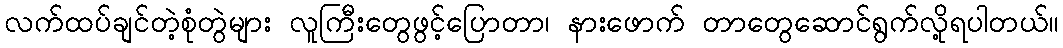
လက်ထပ်ချင်တဲ့စုံတွဲများ လူကြီးတွေဖွင့်ပြောတာ၊ နားဖောက် တာတွေဆောင်ရွက်လို့ရပါတယ်။